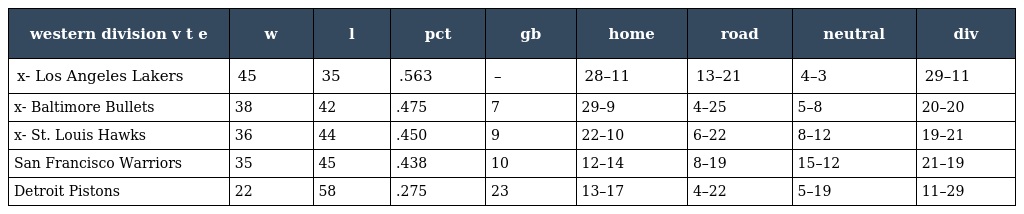
| western division v t e | w | l | pct | gb | home | road | neutral | div |
 | --- | --- | --- | --- | --- | --- | --- | --- | --- |
 | x- Los Angeles Lakers | 45 | 35 | .563 | – | 28–11 | 13–21 | 4–3 | 29–11 |
 | x- Baltimore Bullets | 38 | 42 | .475 | 7 | 29–9 | 4–25 | 5–8 | 20–20 |
 | x- St. Louis Hawks | 36 | 44 | .450 | 9 | 22–10 | 6–22 | 8–12 | 19–21 |
 | San Francisco Warriors | 35 | 45 | .438 | 10 | 12–14 | 8–19 | 15–12 | 21–19 |
 | Detroit Pistons | 22 | 58 | .275 | 23 | 13–17 | 4–22 | 5–19 | 11–29 |